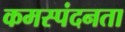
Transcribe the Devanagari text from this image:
कमस्पंदनता